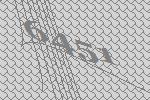
6451